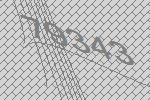
79343